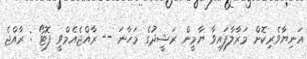
އަނިޔާވެރިކޮށް މަރާލާފައިވާ ޔާމީން ރަޝީދުގެ މަހާނަ -- ރާއްޖެއެމްވީ ފޮޓޯ : ރާއްޖެ